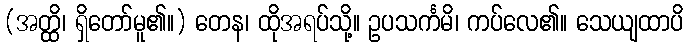
(အတ္ထိ၊ ရှိတော်မူ၏။) တေန၊ ထိုအရပ်သို့။ ဥပသင်္ကမိ၊ ကပ်လေ၏။ သေယျထာပိ